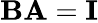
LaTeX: \mathbf{BA}=\mathbf{I}